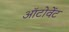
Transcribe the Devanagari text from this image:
ऑटोवेंट